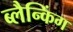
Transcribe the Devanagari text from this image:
ब्लैन्किंग